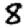
Digit: 8